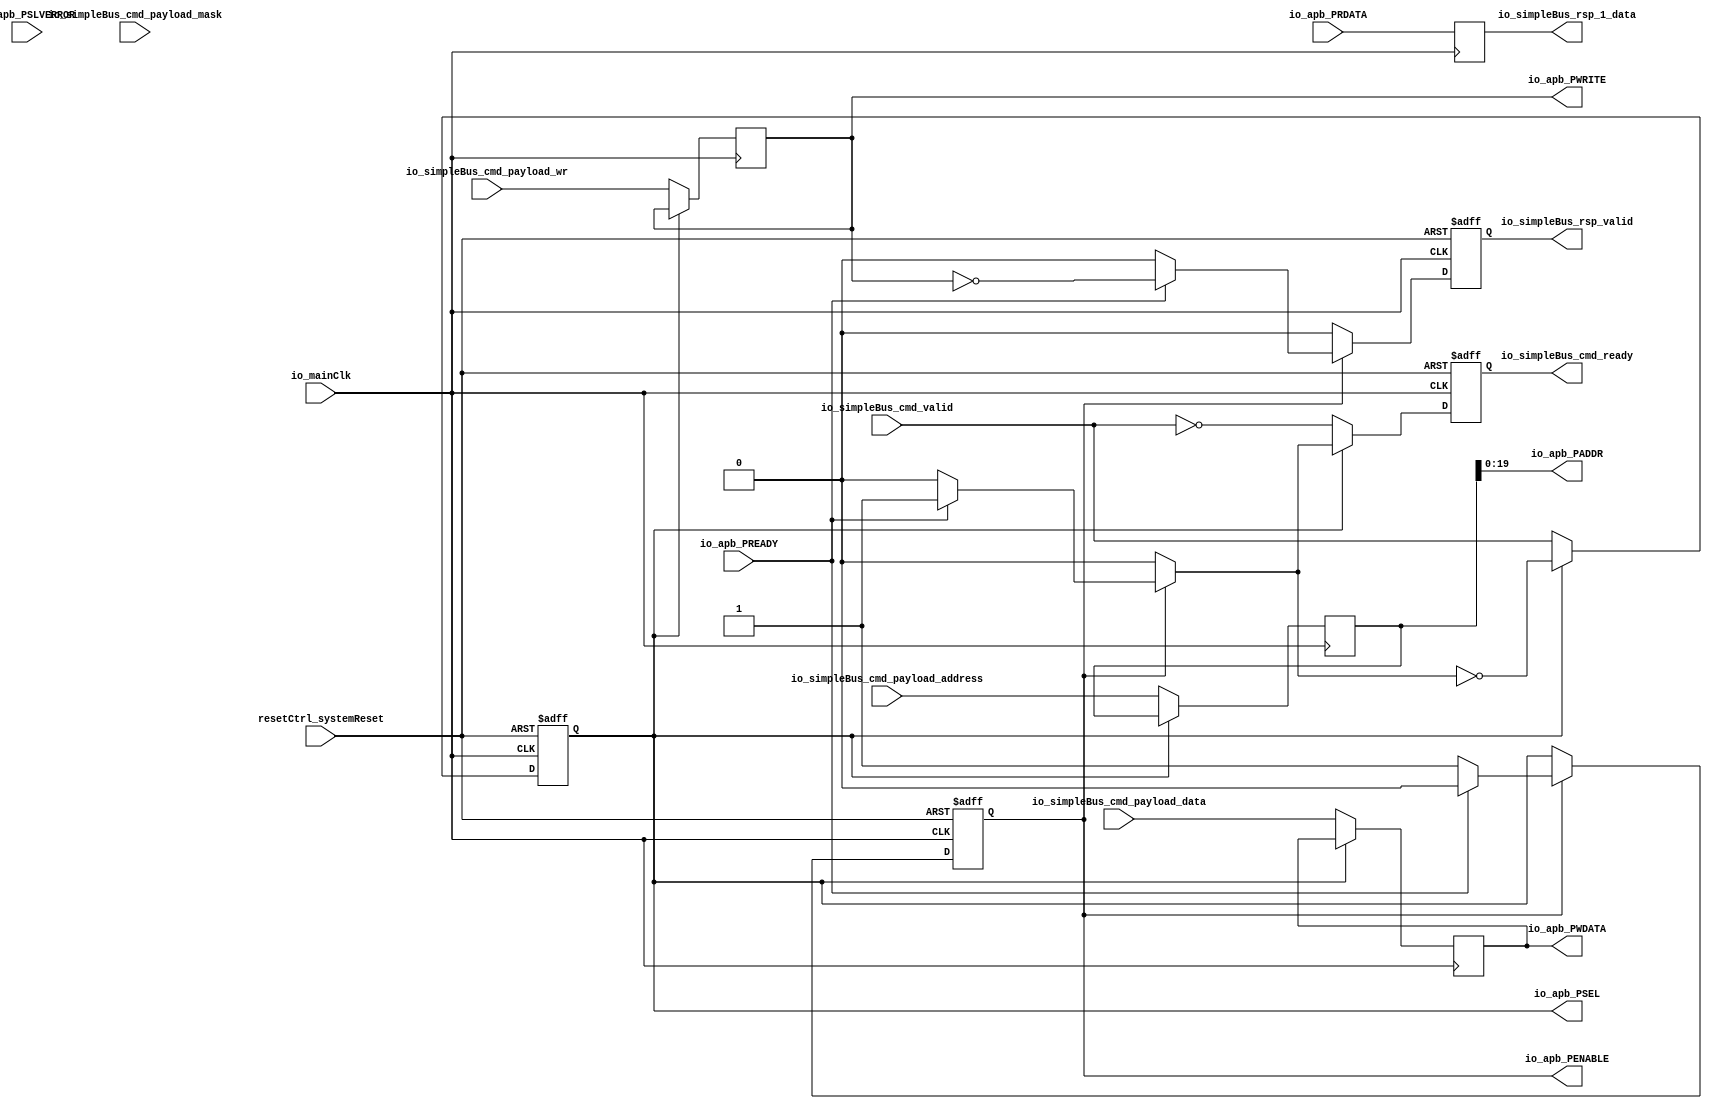
module MuraxSimpleBusToApbBridge_1 (
      input   io_simpleBus_cmd_valid,
      output  io_simpleBus_cmd_ready,
      input   io_simpleBus_cmd_payload_wr,
      input  [31:0] io_simpleBus_cmd_payload_address,
      input  [31:0] io_simpleBus_cmd_payload_data,
      input  [3:0] io_simpleBus_cmd_payload_mask,
      output  io_simpleBus_rsp_valid,
      output [31:0] io_simpleBus_rsp_1_data,
      output [19:0] io_apb_PADDR,
      output [0:0] io_apb_PSEL,
      output  io_apb_PENABLE,
      input   io_apb_PREADY,
      output  io_apb_PWRITE,
      output [31:0] io_apb_PWDATA,
      input  [31:0] io_apb_PRDATA,
      input   io_apb_PSLVERROR,
      input   io_mainClk,
      input   resetCtrl_systemReset);
  wire  _zz_8_;
  wire  _zz_9_;
  wire  simpleBusStage_cmd_valid;
  reg  simpleBusStage_cmd_ready;
  wire  simpleBusStage_cmd_payload_wr;
  wire [31:0] simpleBusStage_cmd_payload_address;
  wire [31:0] simpleBusStage_cmd_payload_data;
  wire [3:0] simpleBusStage_cmd_payload_mask;
  reg  simpleBusStage_rsp_valid;
  wire [31:0] simpleBusStage_rsp_payload_data;
  wire  _zz_1_;
  reg  _zz_2_;
  reg  _zz_3_;
  reg  _zz_4_;
  reg [31:0] _zz_5_;
  reg [31:0] _zz_6_;
  reg [3:0] _zz_7_;
  reg  simpleBusStage_rsp_regNext_valid;
  reg [31:0] simpleBusStage_rsp_regNext_payload_data;
  reg  state;
  assign _zz_8_ = (! state);
  assign _zz_9_ = (! _zz_2_);
  assign io_simpleBus_cmd_ready = _zz_3_;
  assign simpleBusStage_cmd_valid = _zz_2_;
  assign _zz_1_ = simpleBusStage_cmd_ready;
  assign simpleBusStage_cmd_payload_wr = _zz_4_;
  assign simpleBusStage_cmd_payload_address = _zz_5_;
  assign simpleBusStage_cmd_payload_data = _zz_6_;
  assign simpleBusStage_cmd_payload_mask = _zz_7_;
  assign io_simpleBus_rsp_valid = simpleBusStage_rsp_regNext_valid;
  assign io_simpleBus_rsp_1_data = simpleBusStage_rsp_regNext_payload_data;
  always @ (*) begin
    simpleBusStage_cmd_ready = 1'b0;
    simpleBusStage_rsp_valid = 1'b0;
    if(! _zz_8_) begin
      if(io_apb_PREADY)begin
        simpleBusStage_rsp_valid = (! simpleBusStage_cmd_payload_wr);
        simpleBusStage_cmd_ready = 1'b1;
      end
    end
  end
  assign io_apb_PSEL[0] = simpleBusStage_cmd_valid;
  assign io_apb_PENABLE = state;
  assign io_apb_PWRITE = simpleBusStage_cmd_payload_wr;
  assign io_apb_PADDR = simpleBusStage_cmd_payload_address[19:0];
  assign io_apb_PWDATA = simpleBusStage_cmd_payload_data;
  assign simpleBusStage_rsp_payload_data = io_apb_PRDATA;
  always @ (posedge io_mainClk or posedge resetCtrl_systemReset) begin
    if (resetCtrl_systemReset) begin
      _zz_2_ <= 1'b0;
      _zz_3_ <= 1'b1;
      simpleBusStage_rsp_regNext_valid <= 1'b0;
      state <= 1'b0;
    end else begin
      if(_zz_9_)begin
        _zz_2_ <= io_simpleBus_cmd_valid;
        _zz_3_ <= (! io_simpleBus_cmd_valid);
      end else begin
        _zz_2_ <= (! _zz_1_);
        _zz_3_ <= _zz_1_;
      end
      simpleBusStage_rsp_regNext_valid <= simpleBusStage_rsp_valid;
      if(_zz_8_)begin
        state <= simpleBusStage_cmd_valid;
      end else begin
        if(io_apb_PREADY)begin
          state <= 1'b0;
        end
      end
    end
  end
  always @ (posedge io_mainClk) begin
    if(_zz_9_)begin
      _zz_4_ <= io_simpleBus_cmd_payload_wr;
      _zz_5_ <= io_simpleBus_cmd_payload_address;
      _zz_6_ <= io_simpleBus_cmd_payload_data;
      _zz_7_ <= io_simpleBus_cmd_payload_mask;
    end
    simpleBusStage_rsp_regNext_payload_data <= simpleBusStage_rsp_payload_data;
  end
endmodule